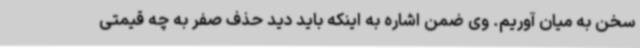
سخن به میان آوریم. وی ضمن اشاره به اینکه باید دید حذف صفر به چه قیمتی